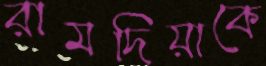
রামদিয়াকে